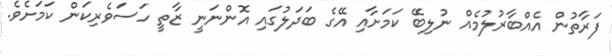
ފަރާތުން އެއްބާރުލުމެއް ނުލިބޭ ކަމަށާއި އޭގެ ބަދަލުގައި އޮންނަނީ ޒާތީ ހަސަވެރިކަން ކަމަށެވެ.